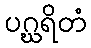
ပဂ္ဃရိတံ